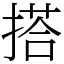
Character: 搭